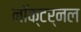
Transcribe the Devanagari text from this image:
नॉक्टर्नल